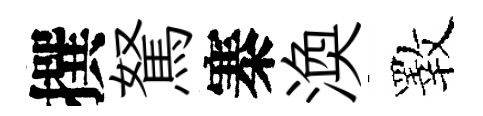
撰駑寨渙斁